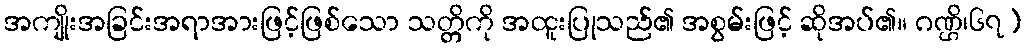
အကျိုးအခြင်းအရာအားဖြင့်ဖြစ်သော သတ္တိကို အထူးပြုသည်၏ အစွမ်းဖြင့် ဆိုအပ်၏။ ဂဏ္ဌိ၊၆၇)